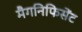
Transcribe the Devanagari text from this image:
मैगनिफिसेंट